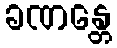
ခဏန္တေ